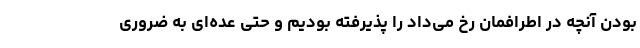
بودن آنچه در اطرافمان رخ می‌داد را پذیرفته بودیم و حتی عده‌ای به ضروری